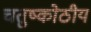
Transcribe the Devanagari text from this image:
चतुष्कोठीय